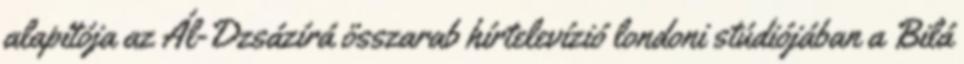
alapítója az Ál-Dzsázírá összarab hírtelevízió londoni stúdiójában a Bilá